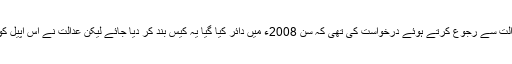
خالدہ ضیاء نے عدالت سے رجوع کرتے ہوئے درخواست کی تھی کہ سن 2008ء میں دائر کیا گیا یہ کیس بند کر دیا جائے لیکن عدالت نے اس اپیل کو مسترد کر دیا تھا۔